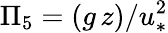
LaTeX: \Pi_{5}=(g\, z)/u_{*}^{2}